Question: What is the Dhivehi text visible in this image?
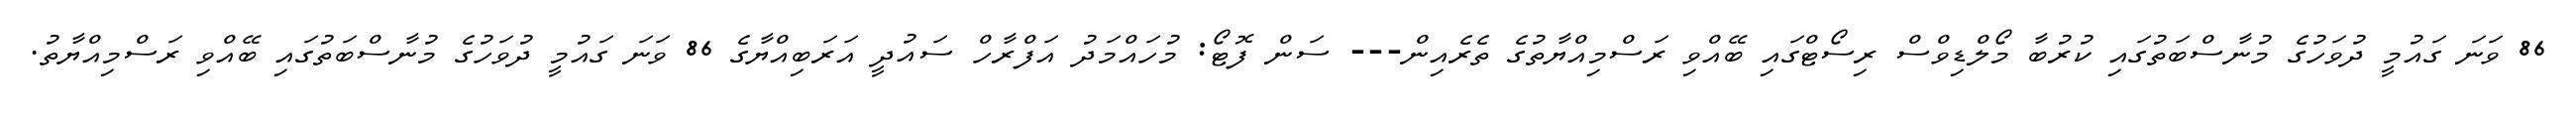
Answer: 86 ވަނަ ގައުމީ ދުވަހުގެ މުނާސްބަތުގައި ކުރުބާ މޯލްޑިވްސް ރިސޯޓްގައި ބޭއްވި ރަސްމިއްޔާތުގެ ތެރެއިން--- ސަން ފޮޓޯ: މުހައްމަދު އަފްރާހް ސައުދީ އަރަބިއްޔާގެ 86 ވަނަ ގައުމީ ދުވަހުގެ މުނާސްބަތުގައި ބޭއްވި ރަސްމިއްޔާތު.